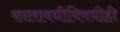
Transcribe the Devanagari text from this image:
कालावधीविषयीही